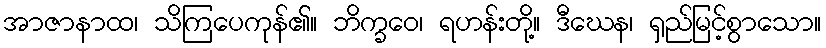
အာဇာနာထ၊ သိကြပေကုန်၏။ ဘိက္ခဝေ၊ ရဟန်းတို့။ ဒီဃေန၊ ရှည်မြင့်စွာသော။